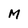
Character: M